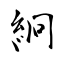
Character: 絅